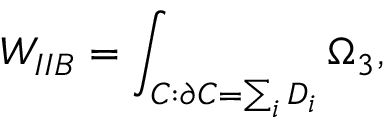
W _ { I I B } = \int _ { C : \partial C = \sum _ { i } D _ { i } } \Omega _ { 3 } ,